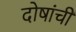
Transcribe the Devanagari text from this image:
दोषांची